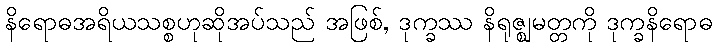
နိရောဓအရိယသစ္စဟုဆိုအပ်သည် အဖြစ်, ဒုက္ခဿ နိရုဇ္ဈမတ္တကို ဒုက္ခနိရောဓ